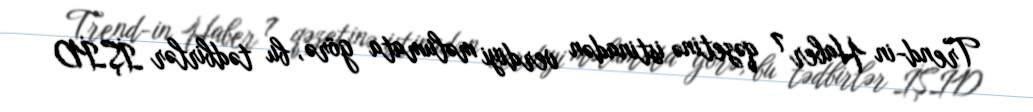
Trend-in Haber 7 qəzetinə istinadən verdiyi məlumata görə, bu tədbirlər İŞİD